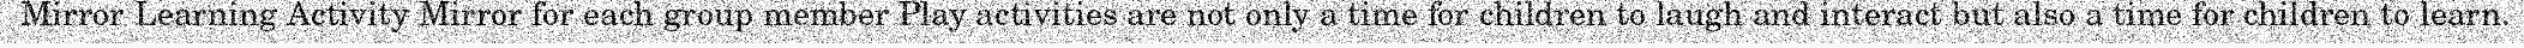
Mirror Learning Activity Mirror for each group member Play activities are not only a time for children to laugh and interact but also a time for children to learn.